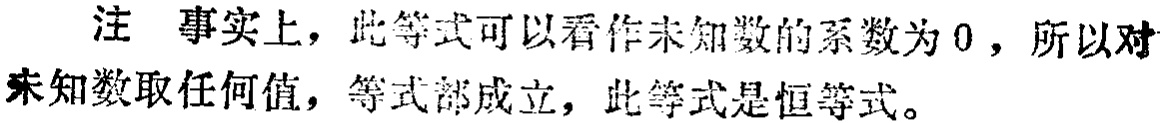
注 事实上，此等式可以看作未知数的系数为 0，所以对未知数取任何值，等式都成立，此等式是恒等式。